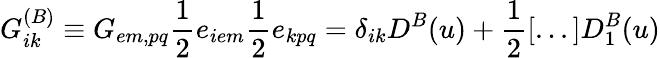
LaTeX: G_{ik}^{(B)}\equiv G_{em,pq}\frac{1}{2}e_{iem}\frac{1}{2}e_{kpq}=\delta_{ik}D^{B}(u)+\frac{1}{2}[...]D_{1}^{B}(u)